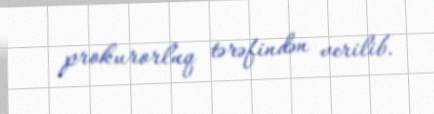
prokurorluq tərəfindən verilib.